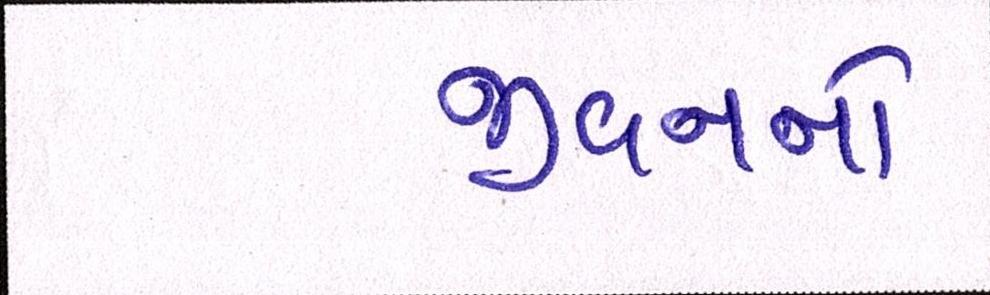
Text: જીવનનો